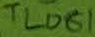
Text: TL081